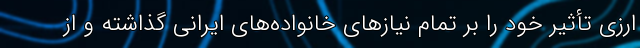
ارزی تأثیر خود را بر تمام نیازهای خانواده‌های ایرانی گذاشته و از